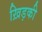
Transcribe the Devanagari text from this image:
ख़िड़की